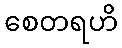
စေတရဟိ